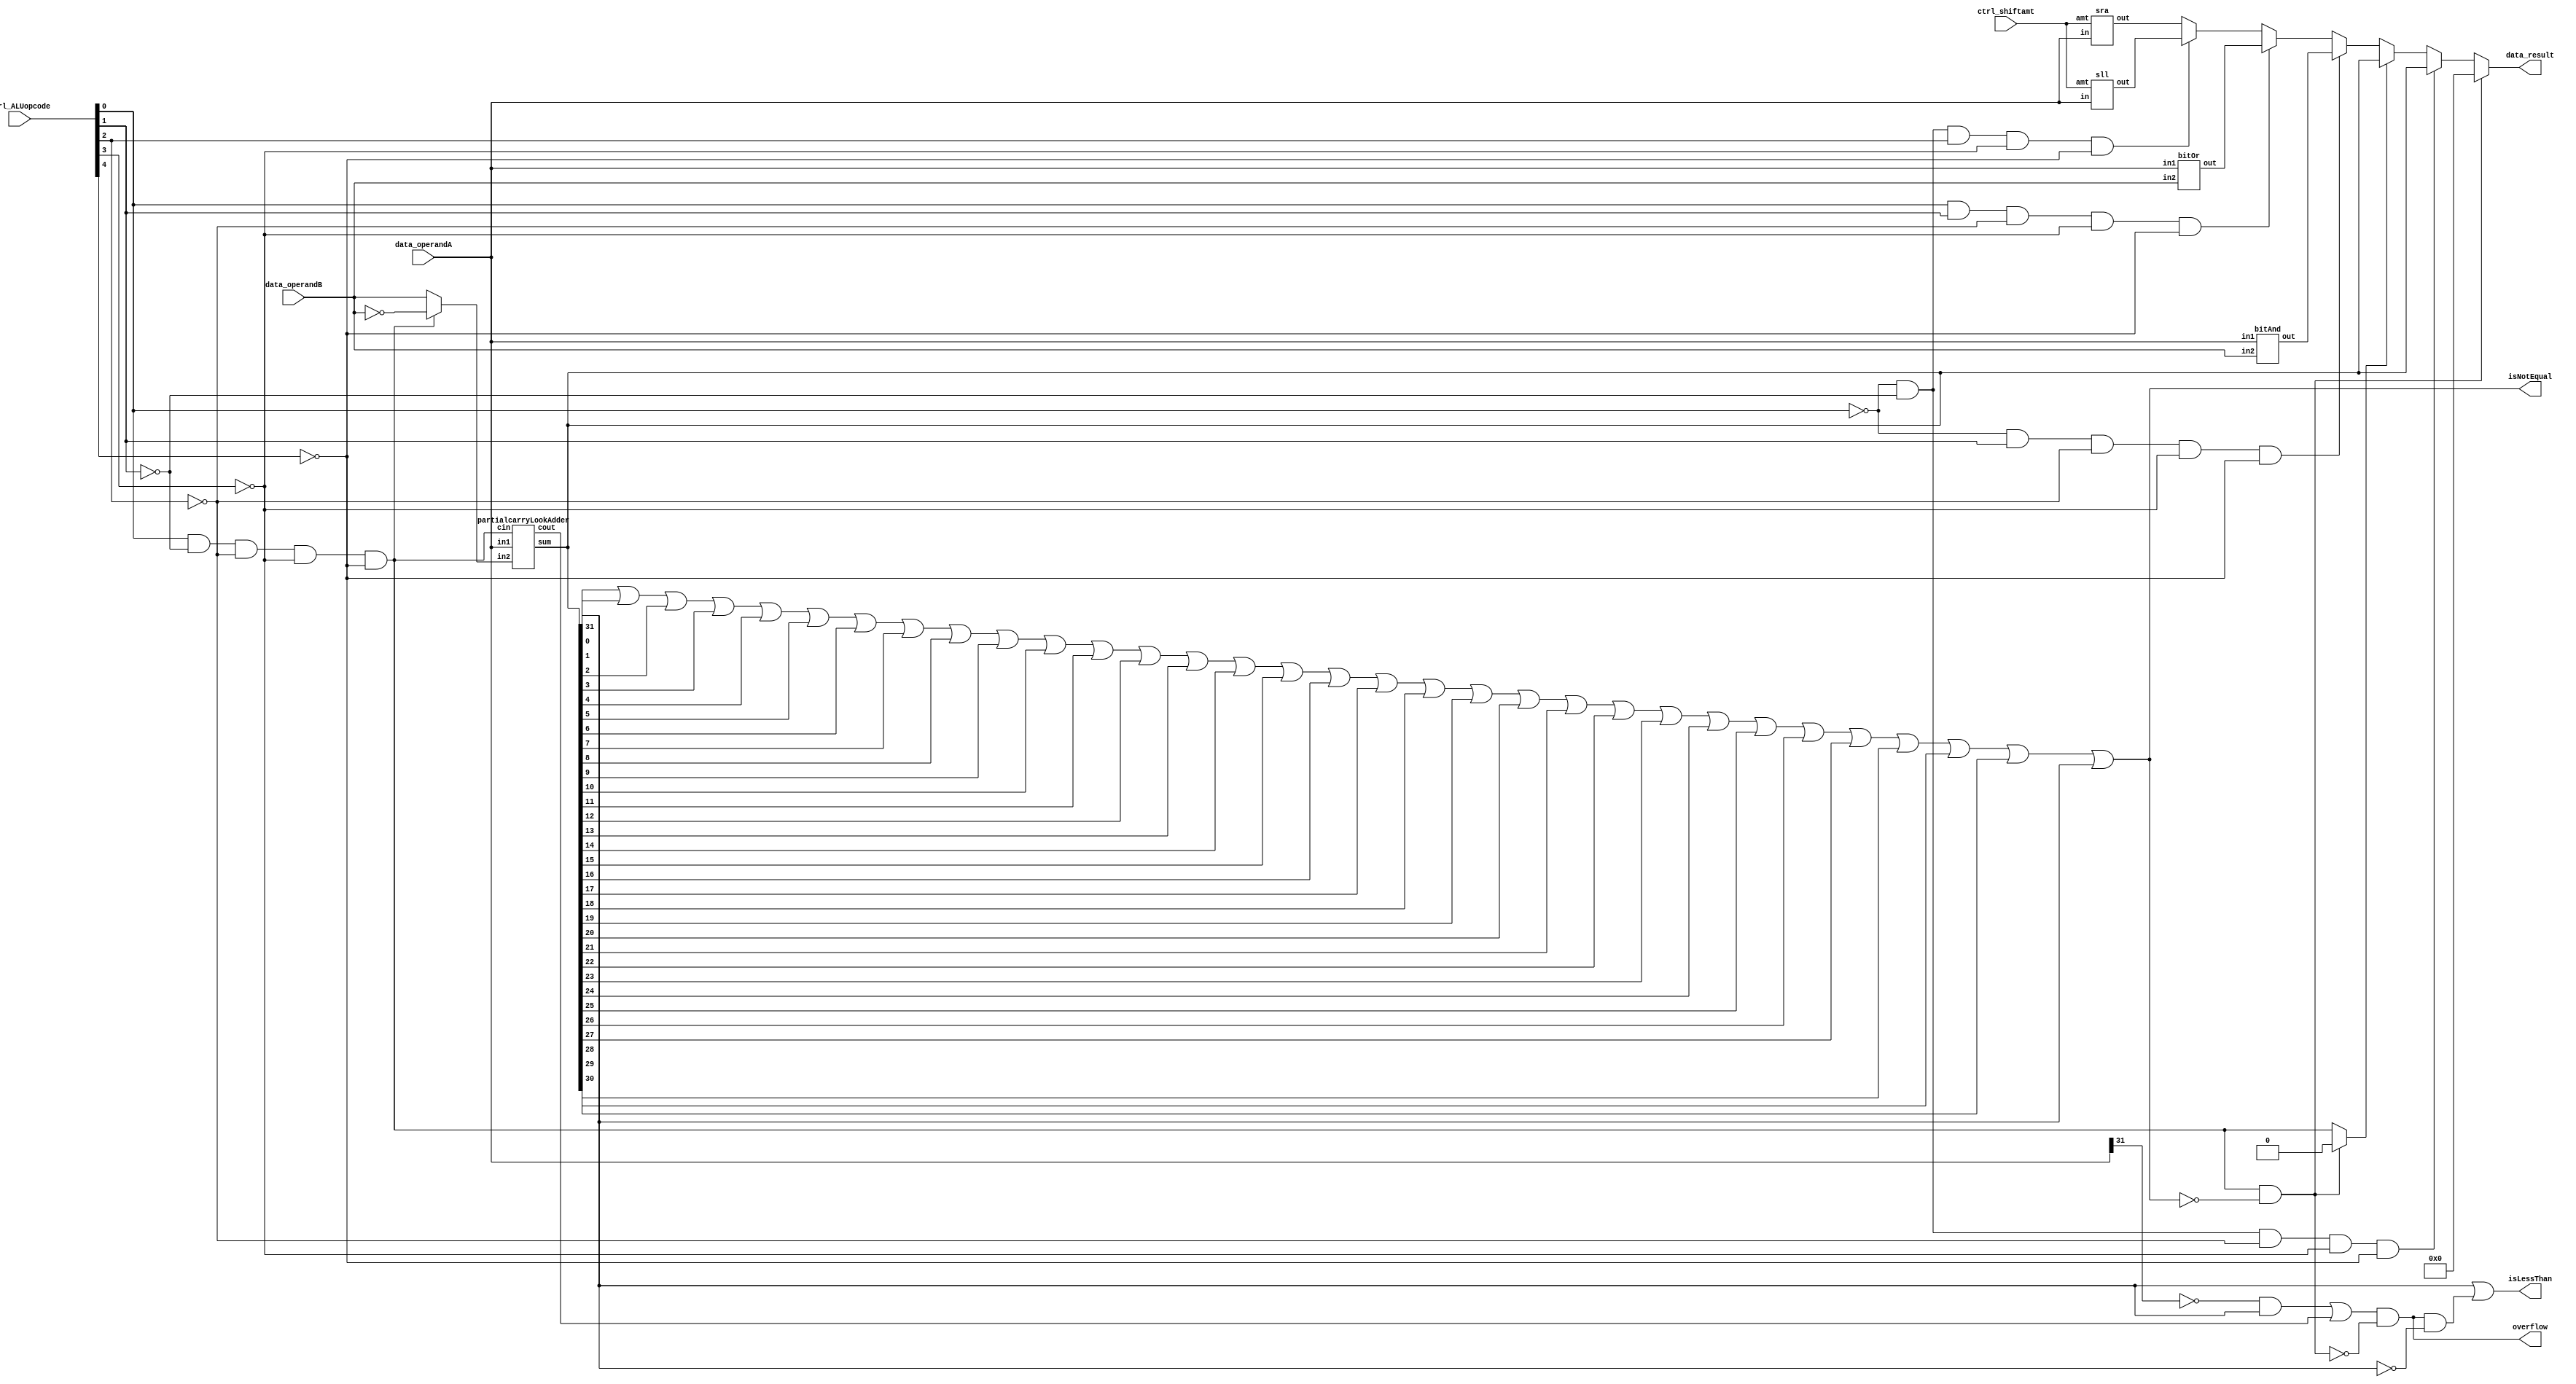
module alu(data_operandA, data_operandB, ctrl_ALUopcode, ctrl_shiftamt, data_result, isNotEqual, isLessThan, overflow);

   input [31:0] data_operandA, data_operandB;
   input [4:0] ctrl_ALUopcode, ctrl_shiftamt;

   output [31:0] data_result;
   output isNotEqual, isLessThan, overflow;
 
	
   // YOUR CODE HERE //
	wire [31:0] dataBWire, sum, andresult, orresult, sllresult, sraresult;
	//cin for subtract also op00001
	wire cin, op00000, op00010, op00011, op00100, op00101, tempover, subandsame;
	and and0(op00000,~ctrl_ALUopcode[0],~ctrl_ALUopcode[1],~ctrl_ALUopcode[2],~ctrl_ALUopcode[3],~ctrl_ALUopcode[4]); 
	and and1(cin,ctrl_ALUopcode[0],~ctrl_ALUopcode[1],~ctrl_ALUopcode[2],~ctrl_ALUopcode[3],~ctrl_ALUopcode[4]);
	and and2(op00010,~ctrl_ALUopcode[0],ctrl_ALUopcode[1],~ctrl_ALUopcode[2],~ctrl_ALUopcode[3],~ctrl_ALUopcode[4]);
	and and3(op00011,ctrl_ALUopcode[0],ctrl_ALUopcode[1],~ctrl_ALUopcode[2],~ctrl_ALUopcode[3],~ctrl_ALUopcode[4]);
	and and4(op00100,~ctrl_ALUopcode[0],~ctrl_ALUopcode[1],ctrl_ALUopcode[2],~ctrl_ALUopcode[3],~ctrl_ALUopcode[4]);
	and and5(op00101,ctrl_ALUopcode[0],~ctrl_ALUopcode[1],ctrl_ALUopcode[2],~ctrl_ALUopcode[3],~ctrl_ALUopcode[4]);
	assign dataBWire = cin ? ~data_operandB: data_operandB;
	
	partialcarryLookAdder myadder(data_operandA, dataBWire, cin, sum, tempover);
	or or0(isNotEqual, sum[0], sum[1], sum[2], sum[3], sum[4], sum[5], sum[6], sum[7], sum[8], sum[9], sum[10], sum[11], sum[12], sum[13], sum[14], sum[15], sum[16], sum[17], sum[18], sum[19], sum[20], sum[21], sum[22], sum[23], sum[24], sum[25], sum[26], sum[27], sum[28], sum[29], sum[30], sum[31]);
	and and8(subandsame, cin, ~isNotEqual);
	//assign sum = subandsame ? 32'b0 : tempsum;
	
	wire temp, bothpos, bothposnegflag;
   and and9(bothpos, ~data_operandA[31], ~data_operandA[31]);
	and and7(bothposnegflag, bothpos, sum[31]);

	
	//assign isLessThan = sum[31];
	//or or6(isLessThan, sum[31], ~subandsame);
	wire temp111;
	and and112(temp111, overflow, ~sum[31]);
	or or111(isLessThan, sum[31], temp111);
	wire cinnew;
	assign cinnew = subandsame ? 1'b0 : cin;
	
	bitAnd bitwiseAnd(andresult, data_operandA, data_operandB);
	
	bitOr bitwiseOr(orresult, data_operandA, data_operandB);
	
	sll sll1(sllresult, data_operandA, ctrl_shiftamt);
	
	sra sra1(sraresult, data_operandA, ctrl_shiftamt);
	
	wire temptempover;
	or or1(temptempover, bothposnegflag, tempover);
	and and10(overflow, temptempover, 	~subandsame);
	
	assign data_result = subandsame ? 32'b0: (op00000? sum: (cinnew?sum: (op00010? andresult: (op00011? orresult: (op00100? sllresult: (op00101? sraresult: sraresult))))));
endmodule


module sra(out, in, amt);
	input [31:0] in;
	input [4:0] amt;
	output [31:0] out;
	
	wire sigbit;
	assign sigbit = in[31];
	
	//muxcolrow only 31 bits, most significant bit in arithmetic shift is equal
	wire from0[31:0], from1[31:0], from2[31:0], from3[31:0];
	
	//col0
	mux2to1 mux00(from0[0], in[0], in[1], amt[0]);
	mux2to1 mux01(from0[1], in[1], in[2], amt[0]);
	mux2to1 mux02(from0[2], in[2], in[3], amt[0]);
	mux2to1 mux03(from0[3], in[3], in[4], amt[0]);
	mux2to1 mux04(from0[4], in[4], in[5], amt[0]);
	mux2to1 mux05(from0[5], in[5], in[6], amt[0]);
	mux2to1 mux06(from0[6], in[6], in[7], amt[0]);
	mux2to1 mux07(from0[7], in[7], in[8], amt[0]);
	mux2to1 mux08(from0[8], in[8], in[9], amt[0]);
	mux2to1 mux09(from0[9], in[9], in[10], amt[0]);
	mux2to1 mux010(from0[10], in[10], in[11], amt[0]);
	mux2to1 mux011(from0[11], in[11], in[12], amt[0]);
	mux2to1 mux012(from0[12], in[12], in[13], amt[0]);
	mux2to1 mux013(from0[13], in[13], in[14], amt[0]);
	mux2to1 mux014(from0[14], in[14], in[15], amt[0]);
	mux2to1 mux015(from0[15], in[15], in[16], amt[0]);
	mux2to1 mux016(from0[16], in[16], in[17], amt[0]);
	mux2to1 mux017(from0[17], in[17], in[18], amt[0]);
	mux2to1 mux018(from0[18], in[18], in[19], amt[0]);
	mux2to1 mux019(from0[19], in[19], in[20], amt[0]);
	mux2to1 mux020(from0[20], in[20], in[21], amt[0]);
	mux2to1 mux021(from0[21], in[21], in[22], amt[0]);
	mux2to1 mux022(from0[22], in[22], in[23], amt[0]);
	mux2to1 mux023(from0[23], in[23], in[24], amt[0]);
	mux2to1 mux024(from0[24], in[24], in[25], amt[0]);
	mux2to1 mux025(from0[25], in[25], in[26], amt[0]);
	mux2to1 mux026(from0[26], in[26], in[27], amt[0]);
	mux2to1 mux027(from0[27], in[27], in[28], amt[0]);
	mux2to1 mux028(from0[28], in[28], in[29], amt[0]);
	mux2to1 mux029(from0[29], in[29], in[30], amt[0]);
	mux2to1 mux030(from0[30], in[30], in[31], amt[0]);
	mux2to1 mux031(from0[31], in[31], sigbit, amt[0]);
		
	//col1
	mux2to1 mux10(from1[0], from0[0], from0[2], amt[1]);
	mux2to1 mux11(from1[1], from0[1], from0[3], amt[1]);
	mux2to1 mux12(from1[2], from0[2], from0[4], amt[1]);
	mux2to1 mux13(from1[3], from0[3], from0[5], amt[1]);
	mux2to1 mux14(from1[4], from0[4], from0[6], amt[1]);
	mux2to1 mux15(from1[5], from0[5], from0[7], amt[1]);
	mux2to1 mux16(from1[6], from0[6], from0[8], amt[1]);
	mux2to1 mux17(from1[7], from0[7], from0[9], amt[1]);
	mux2to1 mux18(from1[8], from0[8], from0[10], amt[1]);
	mux2to1 mux19(from1[9], from0[9], from0[11], amt[1]);
	mux2to1 mux110(from1[10], from0[10], from0[12], amt[1]);
	mux2to1 mux111(from1[11], from0[11], from0[13], amt[1]);
	mux2to1 mux112(from1[12], from0[12], from0[14], amt[1]);
	mux2to1 mux113(from1[13], from0[13], from0[15], amt[1]);
	mux2to1 mux114(from1[14], from0[14], from0[16], amt[1]);
	mux2to1 mux115(from1[15], from0[15], from0[17], amt[1]);
	mux2to1 mux116(from1[16], from0[16], from0[18], amt[1]);
	mux2to1 mux117(from1[17], from0[17], from0[19], amt[1]);
	mux2to1 mux118(from1[18], from0[18], from0[20], amt[1]);
	mux2to1 mux119(from1[19], from0[19], from0[21], amt[1]);
	mux2to1 mux120(from1[20], from0[20], from0[22], amt[1]);
	mux2to1 mux121(from1[21], from0[21], from0[23], amt[1]);
	mux2to1 mux122(from1[22], from0[22], from0[24], amt[1]);
	mux2to1 mux123(from1[23], from0[23], from0[25], amt[1]);
	mux2to1 mux124(from1[24], from0[24], from0[26], amt[1]);
	mux2to1 mux125(from1[25], from0[25], from0[27], amt[1]);
	mux2to1 mux126(from1[26], from0[26], from0[28], amt[1]);
	mux2to1 mux127(from1[27], from0[27], from0[29], amt[1]);
	mux2to1 mux128(from1[28], from0[28], from0[30], amt[1]);
	mux2to1 mux129(from1[29], from0[29], from0[31], amt[1]);
	mux2to1 mux130(from1[30], from0[30], sigbit, amt[1]);
	mux2to1 mux131(from1[31], from0[31], sigbit, amt[1]);
	
	//col2
	mux2to1 mux20(from2[0], from1[0], from1[4], amt[2]);
	mux2to1 mux21(from2[1], from1[1], from1[5], amt[2]);
	mux2to1 mux22(from2[2], from1[2], from1[6], amt[2]);
	mux2to1 mux23(from2[3], from1[3], from1[7], amt[2]);
	mux2to1 mux24(from2[4], from1[4], from1[8], amt[2]);
	mux2to1 mux25(from2[5], from1[5], from1[9], amt[2]);
	mux2to1 mux26(from2[6], from1[6], from1[10], amt[2]);
	mux2to1 mux27(from2[7], from1[7], from1[11], amt[2]);
	mux2to1 mux28(from2[8], from1[8], from1[12], amt[2]);
	mux2to1 mux29(from2[9], from1[9], from1[13], amt[2]);
	mux2to1 mux210(from2[10], from1[10], from1[14], amt[2]);
	mux2to1 mux211(from2[11], from1[11], from1[15], amt[2]);
	mux2to1 mux212(from2[12], from1[12], from1[16], amt[2]);
	mux2to1 mux213(from2[13], from1[13], from1[17], amt[2]);
	mux2to1 mux214(from2[14], from1[14], from1[18], amt[2]);
	mux2to1 mux215(from2[15], from1[15], from1[19], amt[2]);
	mux2to1 mux216(from2[16], from1[16], from1[20], amt[2]);
	mux2to1 mux217(from2[17], from1[17], from1[21], amt[2]);
	mux2to1 mux218(from2[18], from1[18], from1[22], amt[2]);
	mux2to1 mux219(from2[19], from1[19], from1[23], amt[2]);
	mux2to1 mux220(from2[20], from1[20], from1[24], amt[2]);
	mux2to1 mux221(from2[21], from1[21], from1[25], amt[2]);
	mux2to1 mux222(from2[22], from1[22], from1[26], amt[2]);
	mux2to1 mux223(from2[23], from1[23], from1[27], amt[2]);
	mux2to1 mux224(from2[24], from1[24], from1[28], amt[2]);
	mux2to1 mux225(from2[25], from1[25], from1[29], amt[2]);
	mux2to1 mux226(from2[26], from1[26], from1[30], amt[2]);
	mux2to1 mux227(from2[27], from1[27], from1[31], amt[2]);
	mux2to1 mux228(from2[28], from1[28], sigbit, amt[2]);
	mux2to1 mux229(from2[29], from1[29], sigbit, amt[2]);
	mux2to1 mux230(from2[30], from1[30], sigbit, amt[2]);
	mux2to1 mux231(from2[31], from1[31], sigbit, amt[2]);
	
	//col3
	mux2to1 mux30(from3[0], from2[0], from2[8], amt[3]);
	mux2to1 mux31(from3[1], from2[1], from2[9], amt[3]);
	mux2to1 mux32(from3[2], from2[2], from2[10], amt[3]);
	mux2to1 mux33(from3[3], from2[3], from2[11], amt[3]);
	mux2to1 mux34(from3[4], from2[4], from2[12], amt[3]);
	mux2to1 mux35(from3[5], from2[5], from2[13], amt[3]);
	mux2to1 mux36(from3[6], from2[6], from2[14], amt[3]);
	mux2to1 mux37(from3[7], from2[7], from2[15], amt[3]);
	mux2to1 mux38(from3[8], from2[8], from2[16], amt[3]);
	mux2to1 mux39(from3[9], from2[9], from2[17], amt[3]);
	mux2to1 mux310(from3[10], from2[10], from2[18], amt[3]);
	mux2to1 mux311(from3[11], from2[11], from2[19], amt[3]);
	mux2to1 mux312(from3[12], from2[12], from2[20], amt[3]);
	mux2to1 mux313(from3[13], from2[13], from2[21], amt[3]);
	mux2to1 mux314(from3[14], from2[14], from2[22], amt[3]);
	mux2to1 mux315(from3[15], from2[15], from2[23], amt[3]);
	mux2to1 mux316(from3[16], from2[16], from2[24], amt[3]);
	mux2to1 mux317(from3[17], from2[17], from2[25], amt[3]);
	mux2to1 mux318(from3[18], from2[18], from2[26], amt[3]);
	mux2to1 mux319(from3[19], from2[19], from2[27], amt[3]);
	mux2to1 mux320(from3[20], from2[20], from2[28], amt[3]);
	mux2to1 mux321(from3[21], from2[21], from2[29], amt[3]);
	mux2to1 mux322(from3[22], from2[22], from2[30], amt[3]);
	mux2to1 mux323(from3[23], from2[23], from2[31], amt[3]);
	mux2to1 mux324(from3[24], from2[24], sigbit, amt[3]);
	mux2to1 mux325(from3[25], from2[25], sigbit, amt[3]);
	mux2to1 mux326(from3[26], from2[26], sigbit, amt[3]);
	mux2to1 mux327(from3[27], from2[27], sigbit, amt[3]);
	mux2to1 mux328(from3[28], from2[28], sigbit, amt[3]);
	mux2to1 mux329(from3[29], from2[29], sigbit, amt[3]);
	mux2to1 mux330(from3[30], from2[30], sigbit, amt[3]);
	mux2to1 mux331(from3[31], from2[31], sigbit, amt[3]);
	
	//col4
	mux2to1 mux40(out[0], from3[0], from3[16], amt[4]);
	mux2to1 mux41(out[1], from3[1], from3[17], amt[4]);
	mux2to1 mux42(out[2], from3[2], from3[18], amt[4]);
	mux2to1 mux43(out[3], from3[3], from3[19], amt[4]);
	mux2to1 mux44(out[4], from3[4], from3[20], amt[4]);
	mux2to1 mux45(out[5], from3[5], from3[21], amt[4]);
	mux2to1 mux46(out[6], from3[6], from3[22], amt[4]);
	mux2to1 mux47(out[7], from3[7], from3[23], amt[4]);
	mux2to1 mux48(out[8], from3[8], from3[24], amt[4]);
	mux2to1 mux49(out[9], from3[9], from3[25], amt[4]);
	mux2to1 mux410(out[10], from3[10], from3[26], amt[4]);
	mux2to1 mux411(out[11], from3[11], from3[27], amt[4]);
	mux2to1 mux412(out[12], from3[12], from3[28], amt[4]);
	mux2to1 mux413(out[13], from3[13], from3[29], amt[4]);
	mux2to1 mux414(out[14], from3[14], from3[30], amt[4]);
	mux2to1 mux415(out[15], from3[15], from3[31], amt[4]);
	mux2to1 mux416(out[16], from3[16], sigbit, amt[4]);
	mux2to1 mux417(out[17], from3[17], sigbit, amt[4]);
	mux2to1 mux418(out[18], from3[18], sigbit, amt[4]);
	mux2to1 mux419(out[19], from3[19], sigbit, amt[4]);
	mux2to1 mux420(out[20], from3[20], sigbit, amt[4]);
	mux2to1 mux421(out[21], from3[21], sigbit, amt[4]);
	mux2to1 mux422(out[22], from3[22], sigbit, amt[4]);
	mux2to1 mux423(out[23], from3[23], sigbit, amt[4]);
	mux2to1 mux424(out[24], from3[24], sigbit, amt[4]);
	mux2to1 mux425(out[25], from3[25], sigbit, amt[4]);
	mux2to1 mux426(out[26], from3[26], sigbit, amt[4]);
	mux2to1 mux427(out[27], from3[27], sigbit, amt[4]);
	mux2to1 mux428(out[28], from3[28], sigbit, amt[4]);
	mux2to1 mux429(out[29], from3[29], sigbit, amt[4]);
	mux2to1 mux430(out[30], from3[30], sigbit, amt[4]);
	mux2to1 mux431(out[31], from3[31], sigbit, amt[4]);
endmodule

module sll(out, in, amt);
	input[31:0] in;
	input[4:0] amt;
	output[31:0] out;
	
	wire zero;
	assign zero = 0;
	
	//muxcolrow
	wire from0[31:0], from1[31:0], from2[31:0], from3[31:0];
	
	//col0
	mux2to1 mux00(from0[0], in[0], zero, amt[0]);
	mux2to1 mux01(from0[1], in[1], in[0], amt[0]);
	mux2to1 mux02(from0[2], in[2], in[1], amt[0]);
	mux2to1 mux03(from0[3], in[3], in[2], amt[0]);
	mux2to1 mux04(from0[4], in[4], in[3], amt[0]);
	mux2to1 mux05(from0[5], in[5], in[4], amt[0]);
	mux2to1 mux06(from0[6], in[6], in[5], amt[0]);
	mux2to1 mux07(from0[7], in[7], in[6], amt[0]);
	mux2to1 mux08(from0[8], in[8], in[7], amt[0]);
	mux2to1 mux09(from0[9], in[9], in[8], amt[0]);
	mux2to1 mux010(from0[10], in[10], in[9], amt[0]);
	mux2to1 mux011(from0[11], in[11], in[10], amt[0]);
	mux2to1 mux012(from0[12], in[12], in[11], amt[0]);
	mux2to1 mux013(from0[13], in[13], in[12], amt[0]);
	mux2to1 mux014(from0[14], in[14], in[13], amt[0]);
	mux2to1 mux015(from0[15], in[15], in[14], amt[0]);
	mux2to1 mux016(from0[16], in[16], in[15], amt[0]);
	mux2to1 mux017(from0[17], in[17], in[16], amt[0]);
	mux2to1 mux018(from0[18], in[18], in[17], amt[0]);
	mux2to1 mux019(from0[19], in[19], in[18], amt[0]);
	mux2to1 mux020(from0[20], in[20], in[19], amt[0]);
	mux2to1 mux021(from0[21], in[21], in[20], amt[0]);
	mux2to1 mux022(from0[22], in[22], in[21], amt[0]);
	mux2to1 mux023(from0[23], in[23], in[22], amt[0]);
	mux2to1 mux024(from0[24], in[24], in[23], amt[0]);
	mux2to1 mux025(from0[25], in[25], in[24], amt[0]);
	mux2to1 mux026(from0[26], in[26], in[25], amt[0]);
	mux2to1 mux027(from0[27], in[27], in[26], amt[0]);
	mux2to1 mux028(from0[28], in[28], in[27], amt[0]);
	mux2to1 mux029(from0[29], in[29], in[28], amt[0]);
	mux2to1 mux030(from0[30], in[30], in[29], amt[0]);
	mux2to1 mux031(from0[31], in[31], in[30], amt[0]);
	
	//col1
	mux2to1 mux10(from1[0], from0[0], zero, amt[1]);
	mux2to1 mux11(from1[1], from0[1], zero, amt[1]);
	mux2to1 mux12(from1[2], from0[2], from0[0], amt[1]);
	mux2to1 mux13(from1[3], from0[3], from0[1], amt[1]);
	mux2to1 mux14(from1[4], from0[4], from0[2], amt[1]);
	mux2to1 mux15(from1[5], from0[5], from0[3], amt[1]);
	mux2to1 mux16(from1[6], from0[6], from0[4], amt[1]);
	mux2to1 mux17(from1[7], from0[7], from0[5], amt[1]);
	mux2to1 mux18(from1[8], from0[8], from0[6], amt[1]);
	mux2to1 mux19(from1[9], from0[9], from0[7], amt[1]);
	mux2to1 mux110(from1[10], from0[10], from0[8], amt[1]);
	mux2to1 mux111(from1[11], from0[11], from0[9], amt[1]);
	mux2to1 mux112(from1[12], from0[12], from0[10], amt[1]);
	mux2to1 mux113(from1[13], from0[13], from0[11], amt[1]);
	mux2to1 mux114(from1[14], from0[14], from0[12], amt[1]);
	mux2to1 mux115(from1[15], from0[15], from0[13], amt[1]);
	mux2to1 mux116(from1[16], from0[16], from0[14], amt[1]);
	mux2to1 mux117(from1[17], from0[17], from0[15], amt[1]);
	mux2to1 mux118(from1[18], from0[18], from0[16], amt[1]);
	mux2to1 mux119(from1[19], from0[19], from0[17], amt[1]);
	mux2to1 mux120(from1[20], from0[20], from0[18], amt[1]);
	mux2to1 mux121(from1[21], from0[21], from0[19], amt[1]);
	mux2to1 mux122(from1[22], from0[22], from0[20], amt[1]);
	mux2to1 mux123(from1[23], from0[23], from0[21], amt[1]);
	mux2to1 mux124(from1[24], from0[24], from0[22], amt[1]);
	mux2to1 mux125(from1[25], from0[25], from0[23], amt[1]);
	mux2to1 mux126(from1[26], from0[26], from0[24], amt[1]);
	mux2to1 mux127(from1[27], from0[27], from0[25], amt[1]);
	mux2to1 mux128(from1[28], from0[28], from0[26], amt[1]);
	mux2to1 mux129(from1[29], from0[29], from0[27], amt[1]);
	mux2to1 mux130(from1[30], from0[30], from0[28], amt[1]);
	mux2to1 mux131(from1[31], from0[31], from0[29], amt[1]);
	
	//col2
	mux2to1 mux20(from2[0], from1[0], zero, amt[2]);
	mux2to1 mux21(from2[1], from1[1], zero, amt[2]);
	mux2to1 mux22(from2[2], from1[2], zero, amt[2]);
	mux2to1 mux23(from2[3], from1[3], zero, amt[2]);
	mux2to1 mux24(from2[4], from1[4], from1[0], amt[2]);
	mux2to1 mux25(from2[5], from1[5], from1[1], amt[2]);
	mux2to1 mux26(from2[6], from1[6], from1[2], amt[2]);
	mux2to1 mux27(from2[7], from1[7], from1[3], amt[2]);
	mux2to1 mux28(from2[8], from1[8], from1[4], amt[2]);
	mux2to1 mux29(from2[9], from1[9], from1[5], amt[2]);
	mux2to1 mux210(from2[10], from1[10], from1[6], amt[2]);
	mux2to1 mux211(from2[11], from1[11], from1[7], amt[2]);
	mux2to1 mux212(from2[12], from1[12], from1[8], amt[2]);
	mux2to1 mux213(from2[13], from1[13], from1[9], amt[2]);
	mux2to1 mux214(from2[14], from1[14], from1[10], amt[2]);
	mux2to1 mux215(from2[15], from1[15], from1[11], amt[2]);
	mux2to1 mux216(from2[16], from1[16], from1[12], amt[2]);
	mux2to1 mux217(from2[17], from1[17], from1[13], amt[2]);
	mux2to1 mux218(from2[18], from1[18], from1[14], amt[2]);
	mux2to1 mux219(from2[19], from1[19], from1[15], amt[2]);
	mux2to1 mux220(from2[20], from1[20], from1[16], amt[2]);
	mux2to1 mux221(from2[21], from1[21], from1[17], amt[2]);
	mux2to1 mux222(from2[22], from1[22], from1[18], amt[2]);
	mux2to1 mux223(from2[23], from1[23], from1[19], amt[2]);
	mux2to1 mux224(from2[24], from1[24], from1[20], amt[2]);
	mux2to1 mux225(from2[25], from1[25], from1[21], amt[2]);
	mux2to1 mux226(from2[26], from1[26], from1[22], amt[2]);
	mux2to1 mux227(from2[27], from1[27], from1[23], amt[2]);
	mux2to1 mux228(from2[28], from1[28], from1[24], amt[2]);
	mux2to1 mux229(from2[29], from1[29], from1[25], amt[2]);
	mux2to1 mux230(from2[30], from1[30], from1[26], amt[2]);
	mux2to1 mux231(from2[31], from1[31], from1[27], amt[2]);
	
	//col3
	mux2to1 mux30(from3[0], from2[0], zero, amt[3]);
	mux2to1 mux31(from3[1], from2[1], zero, amt[3]);
	mux2to1 mux32(from3[2], from2[2], zero, amt[3]);
	mux2to1 mux33(from3[3], from2[3], zero, amt[3]);
	mux2to1 mux34(from3[4], from2[4], zero, amt[3]);
	mux2to1 mux35(from3[5], from2[5], zero, amt[3]);
	mux2to1 mux36(from3[6], from2[6], zero, amt[3]);
	mux2to1 mux37(from3[7], from2[7], zero, amt[3]);
	mux2to1 mux38(from3[8], from2[8], from2[0], amt[3]);
	mux2to1 mux39(from3[9], from2[9], from2[1], amt[3]);
	mux2to1 mux310(from3[10], from2[10], from2[2], amt[3]);
	mux2to1 mux311(from3[11], from2[11], from2[3], amt[3]);
	mux2to1 mux312(from3[12], from2[12], from2[4], amt[3]);
	mux2to1 mux313(from3[13], from2[13], from2[5], amt[3]);
	mux2to1 mux314(from3[14], from2[14], from2[6], amt[3]);
	mux2to1 mux315(from3[15], from2[15], from2[7], amt[3]);
	mux2to1 mux316(from3[16], from2[16], from2[8], amt[3]);
	mux2to1 mux317(from3[17], from2[17], from2[9], amt[3]);
	mux2to1 mux318(from3[18], from2[18], from2[10], amt[3]);
	mux2to1 mux319(from3[19], from2[19], from2[11], amt[3]);
	mux2to1 mux320(from3[20], from2[20], from2[12], amt[3]);
	mux2to1 mux321(from3[21], from2[21], from2[13], amt[3]);
	mux2to1 mux322(from3[22], from2[22], from2[14], amt[3]);
	mux2to1 mux323(from3[23], from2[23], from2[15], amt[3]);
	mux2to1 mux324(from3[24], from2[24], from2[16], amt[3]);
	mux2to1 mux325(from3[25], from2[25], from2[17], amt[3]);
	mux2to1 mux326(from3[26], from2[26], from2[18], amt[3]);
	mux2to1 mux327(from3[27], from2[27], from2[19], amt[3]);
	mux2to1 mux328(from3[28], from2[28], from2[20], amt[3]);
	mux2to1 mux329(from3[29], from2[29], from2[21], amt[3]);
	mux2to1 mux330(from3[30], from2[30], from2[22], amt[3]);
	mux2to1 mux331(from3[31], from2[31], from2[23], amt[3]);
	
	//col4
	mux2to1 mux40(out[0], from3[0], zero, amt[4]);
	mux2to1 mux41(out[1], from3[1], zero, amt[4]);
	mux2to1 mux42(out[2], from3[2], zero, amt[4]);
	mux2to1 mux43(out[3], from3[3], zero, amt[4]);
	mux2to1 mux44(out[4], from3[4], zero, amt[4]);
	mux2to1 mux45(out[5], from3[5], zero, amt[4]);
	mux2to1 mux46(out[6], from3[6], zero, amt[4]);
	mux2to1 mux47(out[7], from3[7], zero, amt[4]);
	mux2to1 mux48(out[8], from3[8], zero, amt[4]);
	mux2to1 mux49(out[9], from3[9], zero, amt[4]);
	mux2to1 mux410(out[10], from3[10], zero, amt[4]);
	mux2to1 mux411(out[11], from3[11], zero, amt[4]);
	mux2to1 mux412(out[12], from3[12], zero, amt[4]);
	mux2to1 mux413(out[13], from3[13], zero, amt[4]);
	mux2to1 mux414(out[14], from3[14], zero, amt[4]);
	mux2to1 mux415(out[15], from3[15], zero, amt[4]);
	mux2to1 mux416(out[16], from3[16], from3[0], amt[4]);
	mux2to1 mux417(out[17], from3[17], from3[1], amt[4]);
	mux2to1 mux418(out[18], from3[18], from3[2], amt[4]);
	mux2to1 mux419(out[19], from3[19], from3[3], amt[4]);
	mux2to1 mux420(out[20], from3[20], from3[4], amt[4]);
	mux2to1 mux421(out[21], from3[21], from3[5], amt[4]);
	mux2to1 mux422(out[22], from3[22], from3[6], amt[4]);
	mux2to1 mux423(out[23], from3[23], from3[7], amt[4]);
	mux2to1 mux424(out[24], from3[24], from3[8], amt[4]);
	mux2to1 mux425(out[25], from3[25], from3[9], amt[4]);
	mux2to1 mux426(out[26], from3[26], from3[10], amt[4]);
	mux2to1 mux427(out[27], from3[27], from3[11], amt[4]);
	mux2to1 mux428(out[28], from3[28], from3[12], amt[4]);
	mux2to1 mux429(out[29], from3[29], from3[13], amt[4]);
	mux2to1 mux430(out[30], from3[30], from3[14], amt[4]);
	mux2to1 mux431(out[31], from3[31], from3[15], amt[4]);
	
endmodule

module mux2to1(out, in1, in2, sel);
	input in1, in2, sel;
	output out;
	
	assign out = sel? in2: in1;
endmodule

module bitOr(out, in1, in2);
	input[31:0] in1, in2;
	output[31:0] out;
	
	or or0(out[0], in1[0], in2[0]);
	or or1(out[1], in1[1], in2[1]);
	or or2(out[2], in1[2], in2[2]);
	or or3(out[3], in1[3], in2[3]);
	or or4(out[4], in1[4], in2[4]);
	or or5(out[5], in1[5], in2[5]);
	or or6(out[6], in1[6], in2[6]);
	or or7(out[7], in1[7], in2[7]);
	or or8(out[8], in1[8], in2[8]);
	or or9(out[9], in1[9], in2[9]);
	or or10(out[10], in1[10], in2[10]);
	or or11(out[11], in1[11], in2[11]);
	or or12(out[12], in1[12], in2[12]);
	or or13(out[13], in1[13], in2[13]);
	or or14(out[14], in1[14], in2[14]);
	or or15(out[15], in1[15], in2[15]);
	or or16(out[16], in1[16], in2[16]);
	or or17(out[17], in1[17], in2[17]);
	or or18(out[18], in1[18], in2[18]);
	or or19(out[19], in1[19], in2[19]);
	or or20(out[20], in1[20], in2[20]);
	or or21(out[21], in1[21], in2[21]);
	or or22(out[22], in1[22], in2[22]);
	or or23(out[23], in1[23], in2[23]);
	or or24(out[24], in1[24], in2[24]);
	or or25(out[25], in1[25], in2[25]);
	or or26(out[26], in1[26], in2[26]);
	or or27(out[27], in1[27], in2[27]);
	or or28(out[28], in1[28], in2[28]);
	or or29(out[29], in1[29], in2[29]);
	or or30(out[30], in1[30], in2[30]);
	or or31(out[31], in1[31], in2[31]);
endmodule

module bitAnd(out, in1, in2);
	input[31:0] in1, in2;
	output[31:0] out;
	
	and and0(out[0], in1[0], in2[0]);
	and and1(out[1], in1[1], in2[1]);
	and and2(out[2], in1[2], in2[2]);
	and and3(out[3], in1[3], in2[3]);
	and and4(out[4], in1[4], in2[4]);
	and and5(out[5], in1[5], in2[5]);
	and and6(out[6], in1[6], in2[6]);
	and and7(out[7], in1[7], in2[7]);
	and and8(out[8], in1[8], in2[8]);
	and and9(out[9], in1[9], in2[9]);
	and and10(out[10], in1[10], in2[10]);
	and and11(out[11], in1[11], in2[11]);
	and and12(out[12], in1[12], in2[12]);
	and and13(out[13], in1[13], in2[13]);
	and and14(out[14], in1[14], in2[14]);
	and and15(out[15], in1[15], in2[15]);
	and and16(out[16], in1[16], in2[16]);
	and and17(out[17], in1[17], in2[17]);
	and and18(out[18], in1[18], in2[18]);
	and and19(out[19], in1[19], in2[19]);
	and and20(out[20], in1[20], in2[20]);
	and and21(out[21], in1[21], in2[21]);
	and and22(out[22], in1[22], in2[22]);
	and and23(out[23], in1[23], in2[23]);
	and and24(out[24], in1[24], in2[24]);
	and and25(out[25], in1[25], in2[25]);
	and and26(out[26], in1[26], in2[26]);
	and and27(out[27], in1[27], in2[27]);
	and and28(out[28], in1[28], in2[28]);
	and and29(out[29], in1[29], in2[29]);
	and and30(out[30], in1[30], in2[30]);
	and and31(out[31], in1[31], in2[31]);
endmodule

module partialcarryLookAdder(in1, in2, cin, sum, cout);
    input [31:0] in1, in2;
    input cin;
    output [31:0] sum;
    output cout;
	 
	 wire c1, c2, c3, c4, c5, c6, c7;
	 
	 cla4 cla03(in1[3:0], in2[3:0], cin, sum[3:0], c1);
	 cla4 cla47(in1[7:4], in2[7:4], c1, sum[7:4], c2);
	 cla4 cla811(in1[11:8], in2[11:8], c2, sum[11:8], c3);
	 cla4 cla1215(in1[15:12], in2[15:12], c3, sum[15:12], c4);
	 cla4 cla1619(in1[19:16], in2[19:16], c4, sum[19:16], c5);
	 cla4 cla2023(in1[23:20], in2[23:20], c5, sum[23:20], c6);
	 cla4 cla2427(in1[27:24], in2[27:24], c6, sum[27:24], c7);
	 cla4 cla2831(in1[31:28], in2[31:28], c7, sum[31:28], cout);
	 
endmodule

module cla4(in1, in2, cin, sum, cout);

	input[3:0] in1, in2;
	input cin;
	output cout;
	output[3:0] sum;

	wire gminus1, g0, p0, g1, p1, g2, p2, g3, p3, c1, c2, c3;
	assign gminus1 = cin;

	carryLookCell myclc0(in1[0], in2[0], cin, g0, p0, sum[0]);
	
	wire temp1;
	and and1(temp1, gminus1, p0);
	or or1(c1, temp1, g0);
	
	carryLookCell myclc1(in1[1], in2[1], c1, g1, p1, sum[1]);
	
	wire temp2, temp3;
	and and2(temp2, gminus1, p0, p1);
	and and3(temp3, g0, p1);
	or or2(c2, temp2, temp3, g1);
	
	carryLookCell myclc2(in1[2], in2[2], c2, g2, p2, sum[2]);
	
	wire temp4, temp5, temp6;
	and and4(temp4, gminus1, p0, p1, p2);
	and and5(temp5, g0, p1, p2);
	and and6(temp6, g1, p2);
	or or3(c3, temp4, temp5, temp6, g2);
	
	carryLookCell myclc3(in1[3], in2[3], c3, g3, p3, sum[3]);
	
	wire temp7, temp8, temp9, temp10;
	and and7(temp7, gminus1, p0, p1, p2, p3);
	and and8(temp8, g0, p1, p2, p3);
	and and9(temp9, g1, p2, p3);
	and and10(temp10, g2, p3);
	or or4(cout, temp7, temp8, temp9, temp10, g3);

endmodule

module carryLookCell(in1, in2, cin, gout, pout, sout);
    input in1, in2, cin;
    output gout, pout, sout;
    
    wire temp;
    
    and myand(gout, in1, in2);
    or myor(pout, in1, in2);
	 xor myxor(sout, cin, in1, in2);
endmodule